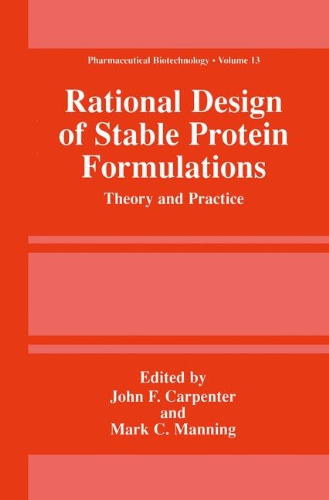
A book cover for Rational Design of Stable Protein Formulations: Theory and Practice (Pharmaceutical Biotechnology); Medical Books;